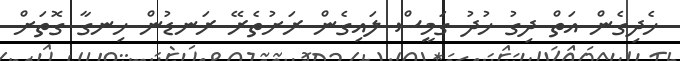
ހެދިގެން އަތް ދިގު ހުދު ގަމީސް ލައިގެން ރަށުތެރޭ ރަނޑުން ހިނގާ ގޮތަށް